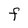
Character: F